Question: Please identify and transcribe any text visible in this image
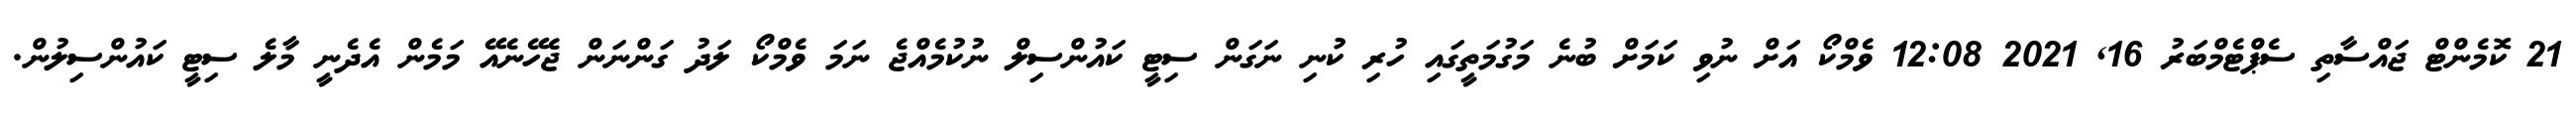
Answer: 21 ކޮމެންޓް ޖައްސާތި ސެޕްޓެމްބަރު 16, 2021 12:08 ވެމްކޯ އަށް ނުވި ކަމަށް ބުނެ މަގުމަތީގައި ހުރި ކުނި ނަގަން ސިޓީ ކައުންސިލް ނުކުމެއްޖެ ނަމަ ވެމްކޯ ލަދު ގަންނަން ޖެހޭނެއޭ މަމެން އެދެނީ މާލެ ސިޓީ ކައުންސިލުން.